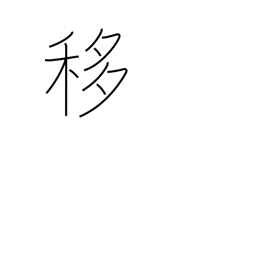
Meaning: shift